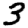
Digit: 3